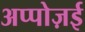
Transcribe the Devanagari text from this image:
अप्पोज़ई